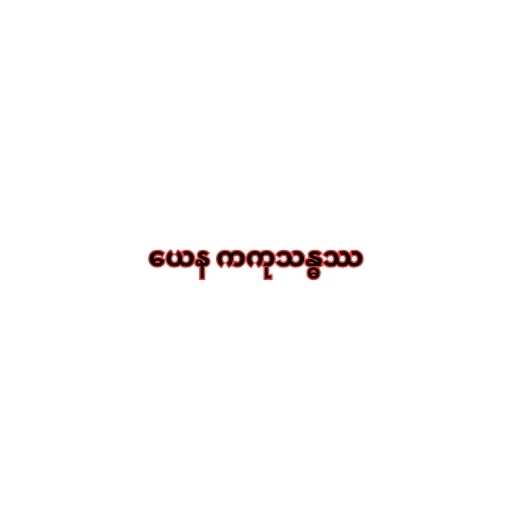
ယေန ကကုသန္ဓဿ